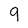
Character: 9